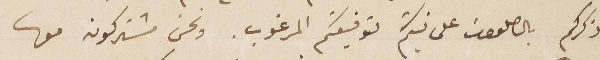
ذكركم بالصلوات على نيتكم لتوفيقكم المرغوب. ونحن مشتركون معها